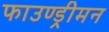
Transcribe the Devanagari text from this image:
फाउण्ड्रीमन